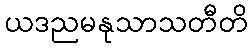
ယဒညမနုသာသတီတိ